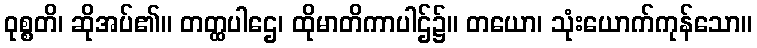
ဝုစ္စတိ၊ ဆိုအပ်၏။ တတ္ထပါဌေ၊ ထိုမာတိကာပါဌ်၌။ တယော၊ သုံးယောက်ကုန်သော။